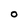
Character: O